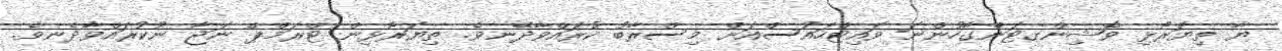
ޔާ ތިޔަރޯޅި ވޮޝިންގޓަންގާހުންނަ ވައިޓްހައުސްއަށް މިސްރާބު ކުރައްވާދޭނވެ. ތިޔަރޯޅިން ޓްރަމްޕް ނަޖާ ނުކުރައްވާދެނވެ.